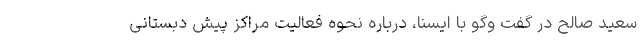
سعید صالح در گفت وگو با ایسنا، درباره نحوه فعالیت مراکز پیش دبستانی